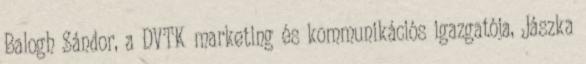
Balogh Sándor, a DVTK marketing és kommunikációs igazgatója, Jászka